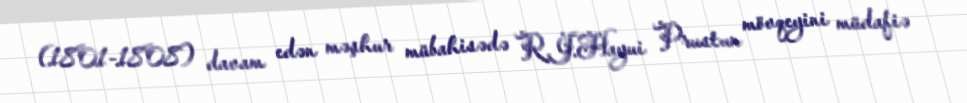
(1801-1808) davam edən məşhur mübahisədə R.J.Hayui Prustun mövqeyini müdafiə